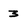
Character: 3